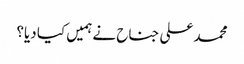
محمد علی جناح نے ہمیں کیا دیا؟